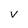
Character: v